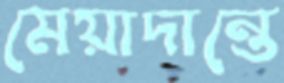
মেয়াদান্তে